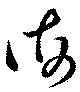
海